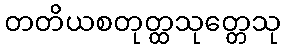
တတိယစတုတ္ထသုတ္တေသု